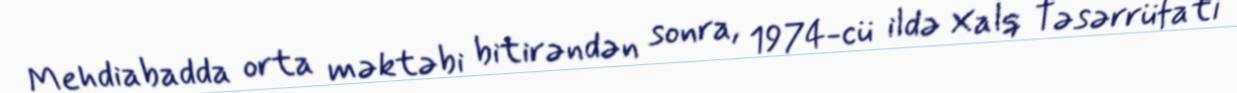
Mehdiabadda orta məktəbi bitirəndən sonra, 1974-cü ildə Xalq Təsərrüfatı